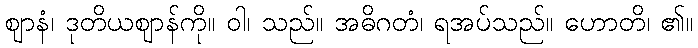
ဈာနံ၊ ဒုတိယဈာန်ကို။ ဝါ၊ သည်။ အဓိဂတံ၊ ရအပ်သည်။ ဟောတိ၊ ၏။